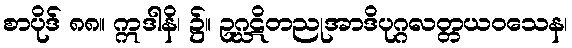
စာပိုဒ် ၈၈။ ဣဒါနိ၊ ၌။ ဥဂ္ဃဋိတညုအာဒိပုဂ္ဂလတ္တယဝသေန၊